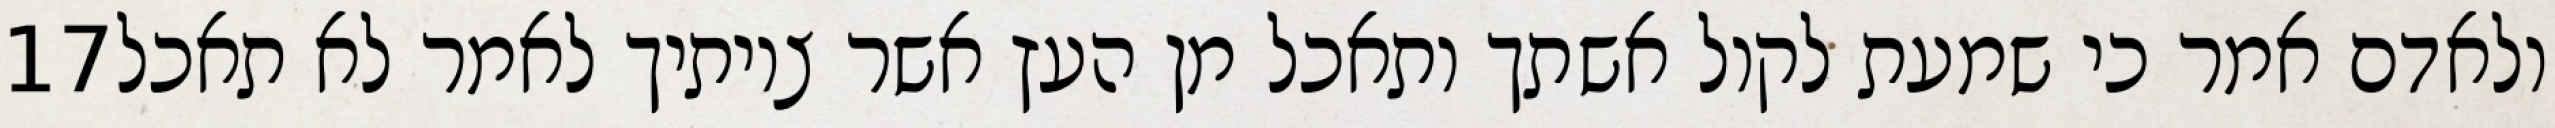
‎17‏ ולאדם אמר כי שמעת לקול אשתך ותאכל מן העץ אשר צויתיך לאמר לא תאכל